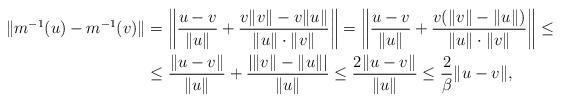
LaTeX: \begin{align*}\| m^{-1} (u) - m^{-1} (v) \| &= \left\| \frac{u-v}{\|u\|} + \frac{v \|v\|-v\|u\|}{\|u\| \cdot \|v\|} \right\| = \left\| \frac{u-v}{\|u\|} + \frac{v (\|v\|-\|u\|)}{\|u\| \cdot \|v\|} \right\| \leq \\&\leq \frac{\|u-v\|}{\|u\|} + \frac{\left| \|v\| - \|u\| \right|}{\|u\|} \leq \frac{2\|u-v\|}{\|u\|} \leq \frac{2}{\beta} \|u-v\|,\end{align*}